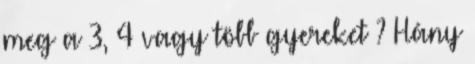
meg a 3, 4 vagy több gyereket ? Hány